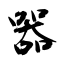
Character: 器